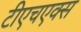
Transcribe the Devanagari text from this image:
टीएचएक्स